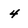
Character: 4